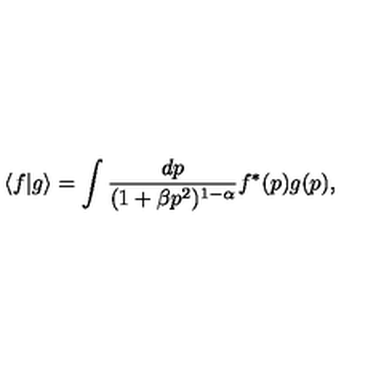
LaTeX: \langle f | g \rangle = \int \frac { d p } { ( 1 + \beta p ^ { 2 } ) ^ { 1 - \alpha } } f ^ { * } ( p ) g ( p ) ,